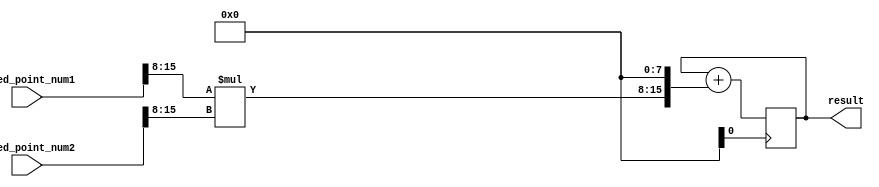
module fixed_point_multiplier (
    input [15:0] fixed_point_num1,
    input [15:0] fixed_point_num2,
    output reg [31:0] result
);

reg [7:0] integer_part1, fractional_part1, integer_part2, fractional_part2;
reg [15:0] product;
reg [31:0] accumulator;

always @ (posedge clk) begin
    integer_part1 = fixed_point_num1[15:8];
    fractional_part1 = fixed_point_num1[7:0];
    integer_part2 = fixed_point_num2[15:8];
    fractional_part2 = fixed_point_num2[7:0];
    
    product = integer_part1 * integer_part2;
    product = product << 8; // Shift to the left by 8 bits to account for the fractional part
    
    accumulator = accumulator + product;
end

assign result = accumulator;

endmodule